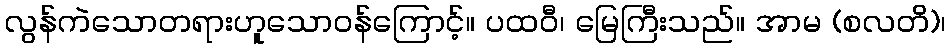
လွန်ကဲသောတရားဟူသောဝန်ကြောင့်။ ပထဝီ၊ မြေကြီးသည်။ အာမ (စလတိ)၊